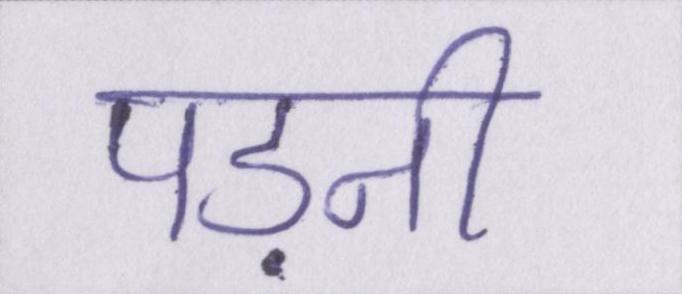
पड़नी